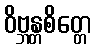
ဝိဗ္ဘန္တစိတ္တေ